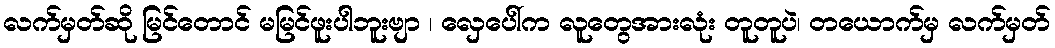
လက်မှတ်ဆို မြင်တောင် မမြင်ဖူးပါဘူးဗျာ ၊ လှေပေါ်က လူတွေအားလုံး တူတူပဲ၊ တယောက်မှ လက်မှတ်